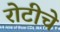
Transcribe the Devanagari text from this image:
रोटीचे